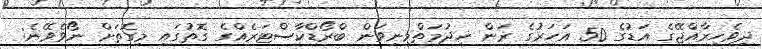
ދިވެހިރާއްޖޭގެ އަޑުގެ 50 އަހަރުގެ ރަން ޚިދުމަތްމިނިވަން ބްރޯޑްކާސްޓަރެއްގެ ގޮތުގައި މިގޮތަށް ނޯވެވޭނެ: